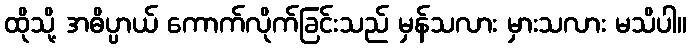
ထိုသို့ အဓိပ္ပာယ် ကောက်လိုက်ခြင်းသည် မှန်သလား မှားသလား မသိပါ။